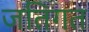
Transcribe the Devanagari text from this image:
जतिगत